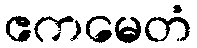
ဧကမေတံ